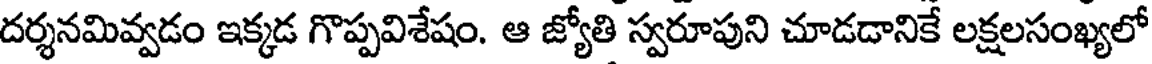
దర్శనమివ్వడం ఇక్కడ గొప్పవిశేషం. ఆ జ్యోతి స్వరూపుని చూడడానికే లక్షలసంఖ్యలో